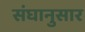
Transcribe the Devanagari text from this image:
संघानुसार